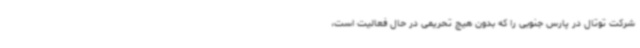
شرکت توتال در پارس جنوبی را که بدون هیچ تحریمی در حال فعالیت است،